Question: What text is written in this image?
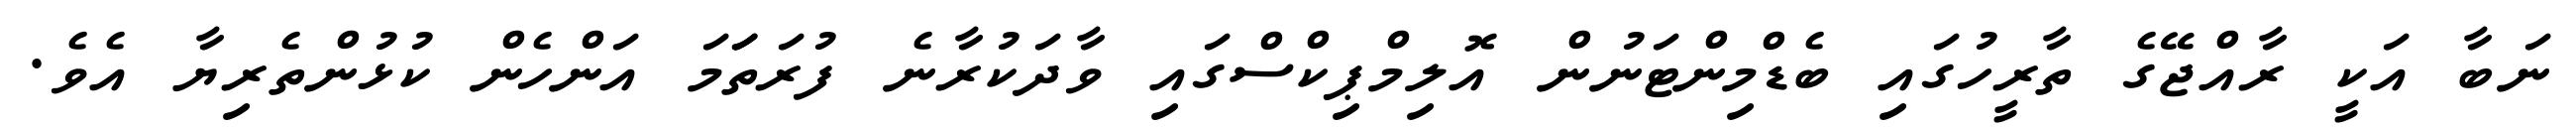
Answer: ނަބާ އަކީ ރާއްޖޭގެ ތާރީހުގައި ބެޑްމިންޓަނުން އޮލިމްޕިކްސްގައި ވާދަކުރާނެ ފުރަތަަމަ އަންހެން ކުޅުންތެރިޔާ އެވެ.